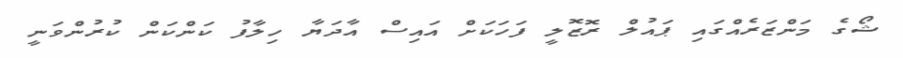
ޝޯގެ މަންޒަރެއްގައި ޕައުލް ރޮޒޮލީ ފަހަކަށް އައިސް އާދަޔާ ހިލާފު ކަންކަން ކުރުންވަނީ